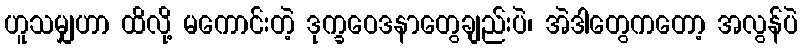
ဟူသမျှဟာ ထိလို့ မကောင်းတဲ့ ဒုက္ခဝေဒနာတွေချည်းပဲ၊ အဲဒါတွေကတော့ အလွန်ပဲ